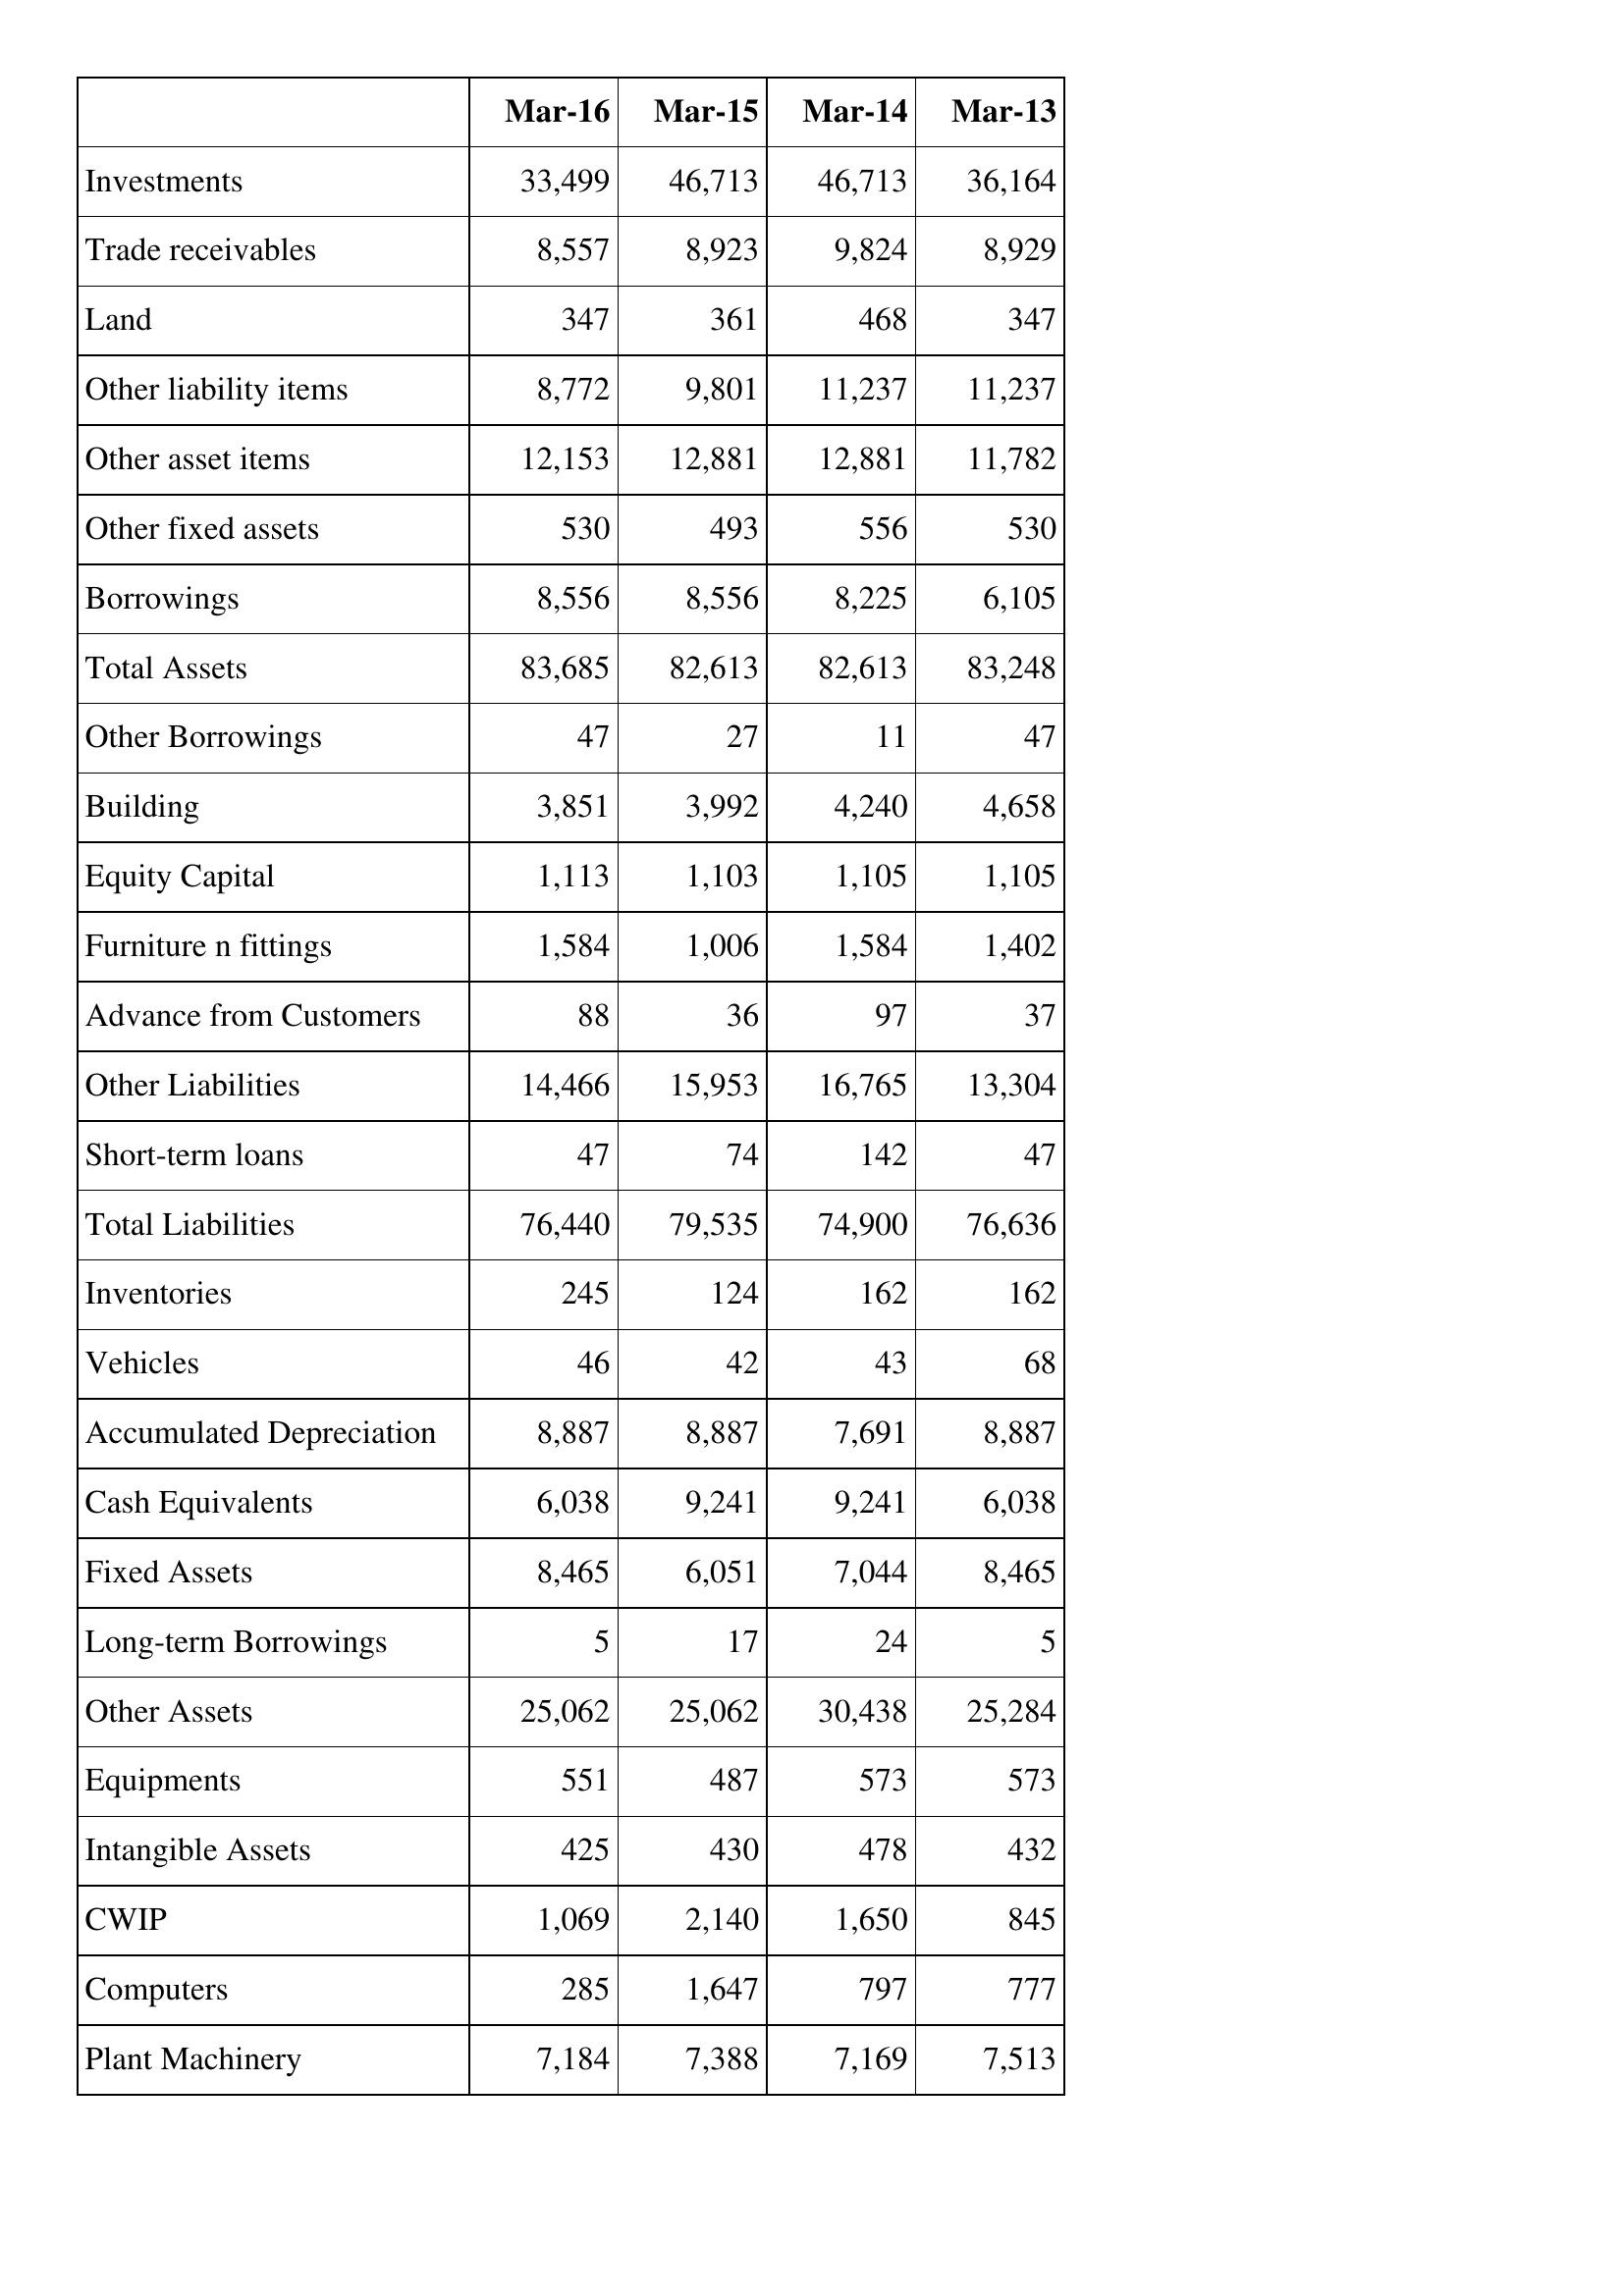
Mar-16: Balance Sheet: Investments: 33,499
Trade receivables: 8,557
Land: 347
Other liability items: 8,772
Other asset items: 12,153
Other fixed assets: 530
Borrowings: 8,556
Total Assets: 83,685
Other Borrowings: 47
Building: 3,851
Equity Capital: 1,113
Furniture n fittings: 1,584
Advance from Customers: 88
Other Liabilities: 14,466
Short-term loans: 47
Total Liabilities: 76,440
Inventories: 245
Vehicles: 46
Accumulated Depreciation: 8,887
Cash Equivalents: 6,038
Fixed Assets: 8,465
Long-term Borrowings: 5
Other Assets: 25,062
Equipments: 551
Intangible Assets: 425
CWIP: 1,069
Computers: 285
Plant Machinery: 7,184
Mar-15: Balance Sheet: Investments: 46,713
Trade receivables: 8,923
Land: 361
Other liability items: 9,801
Other asset items: 12,881
Other fixed assets: 493
Borrowings: 8,556
Total Assets: 82,613
Other Borrowings: 27
Building: 3,992
Equity Capital: 1,103
Furniture n fittings: 1,006
Advance from Customers: 36
Other Liabilities: 15,953
Short-term loans: 74
Total Liabilities: 79,535
Inventories: 124
Vehicles: 42
Accumulated Depreciation: 8,887
Cash Equivalents: 9,241
Fixed Assets: 6,051
Long-term Borrowings: 17
Other Assets: 25,062
Equipments: 487
Intangible Assets: 430
CWIP: 2,140
Computers: 1,647
Plant Machinery: 7,388
Mar-14: Balance Sheet: Investments: 46,713
Trade receivables: 9,824
Land: 468
Other liability items: 11,237
Other asset items: 12,881
Other fixed assets: 556
Borrowings: 8,225
Total Assets: 82,613
Other Borrowings: 11
Building: 4,240
Equity Capital: 1,105
Furniture n fittings: 1,584
Advance from Customers: 97
Other Liabilities: 16,765
Short-term loans: 142
Total Liabilities: 74,900
Inventories: 162
Vehicles: 43
Accumulated Depreciation: 7,691
Cash Equivalents: 9,241
Fixed Assets: 7,044
Long-term Borrowings: 24
Other Assets: 30,438
Equipments: 573
Intangible Assets: 478
CWIP: 1,650
Computers: 797
Plant Machinery: 7,169
Mar-13: Balance Sheet: Investments: 36,164
Trade receivables: 8,929
Land: 347
Other liability items: 11,237
Other asset items: 11,782
Other fixed assets: 530
Borrowings: 6,105
Total Assets: 83,248
Other Borrowings: 47
Building: 4,658
Equity Capital: 1,105
Furniture n fittings: 1,402
Advance from Customers: 37
Other Liabilities: 13,304
Short-term loans: 47
Total Liabilities: 76,636
Inventories: 162
Vehicles: 68
Accumulated Depreciation: 8,887
Cash Equivalents: 6,038
Fixed Assets: 8,465
Long-term Borrowings: 5
Other Assets: 25,284
Equipments: 573
Intangible Assets: 432
CWIP: 845
Computers: 777
Plant Machinery: 7,513